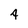
Character: 4